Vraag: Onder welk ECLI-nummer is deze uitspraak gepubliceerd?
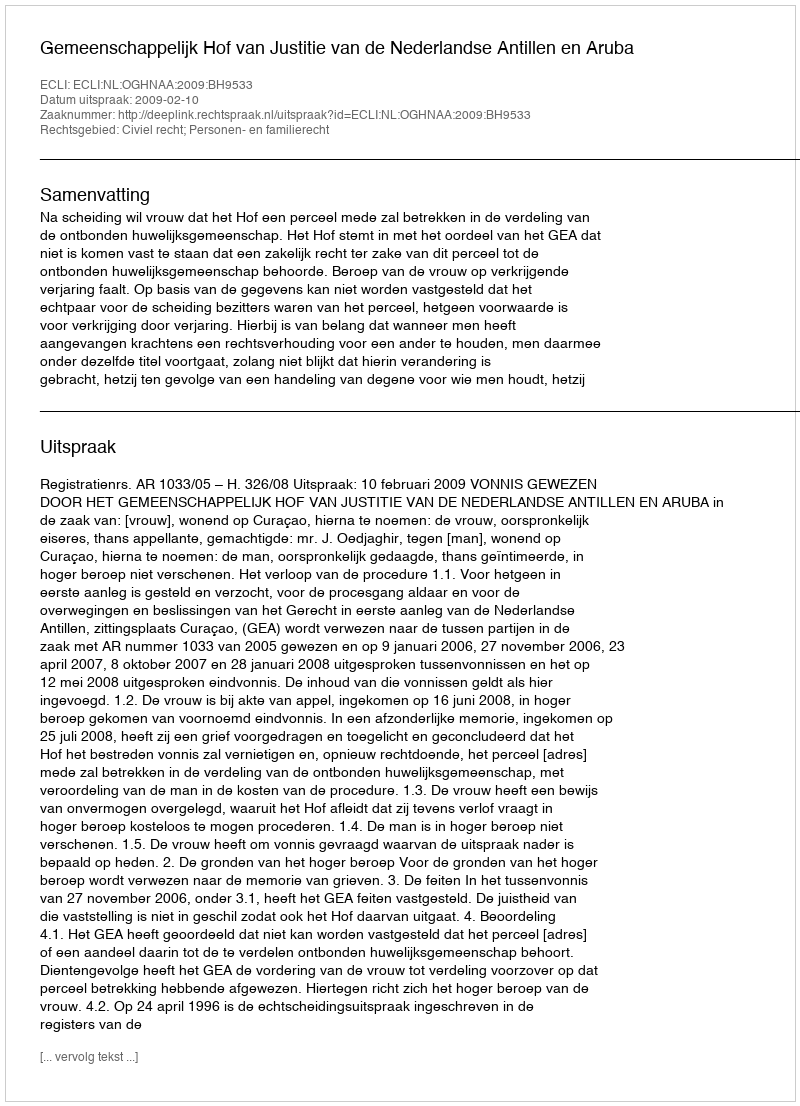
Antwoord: ECLI:NL:OGHNAA:2009:BH9533